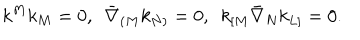
LaTeX: k ^ { M } k _ { M } = 0 , ~ ~ \bar { \nabla } _ { ( M } k _ { N ) } = 0 , ~ ~ k _ { [ M } \bar { \nabla } _ { N } k _ { L ] } = 0 .